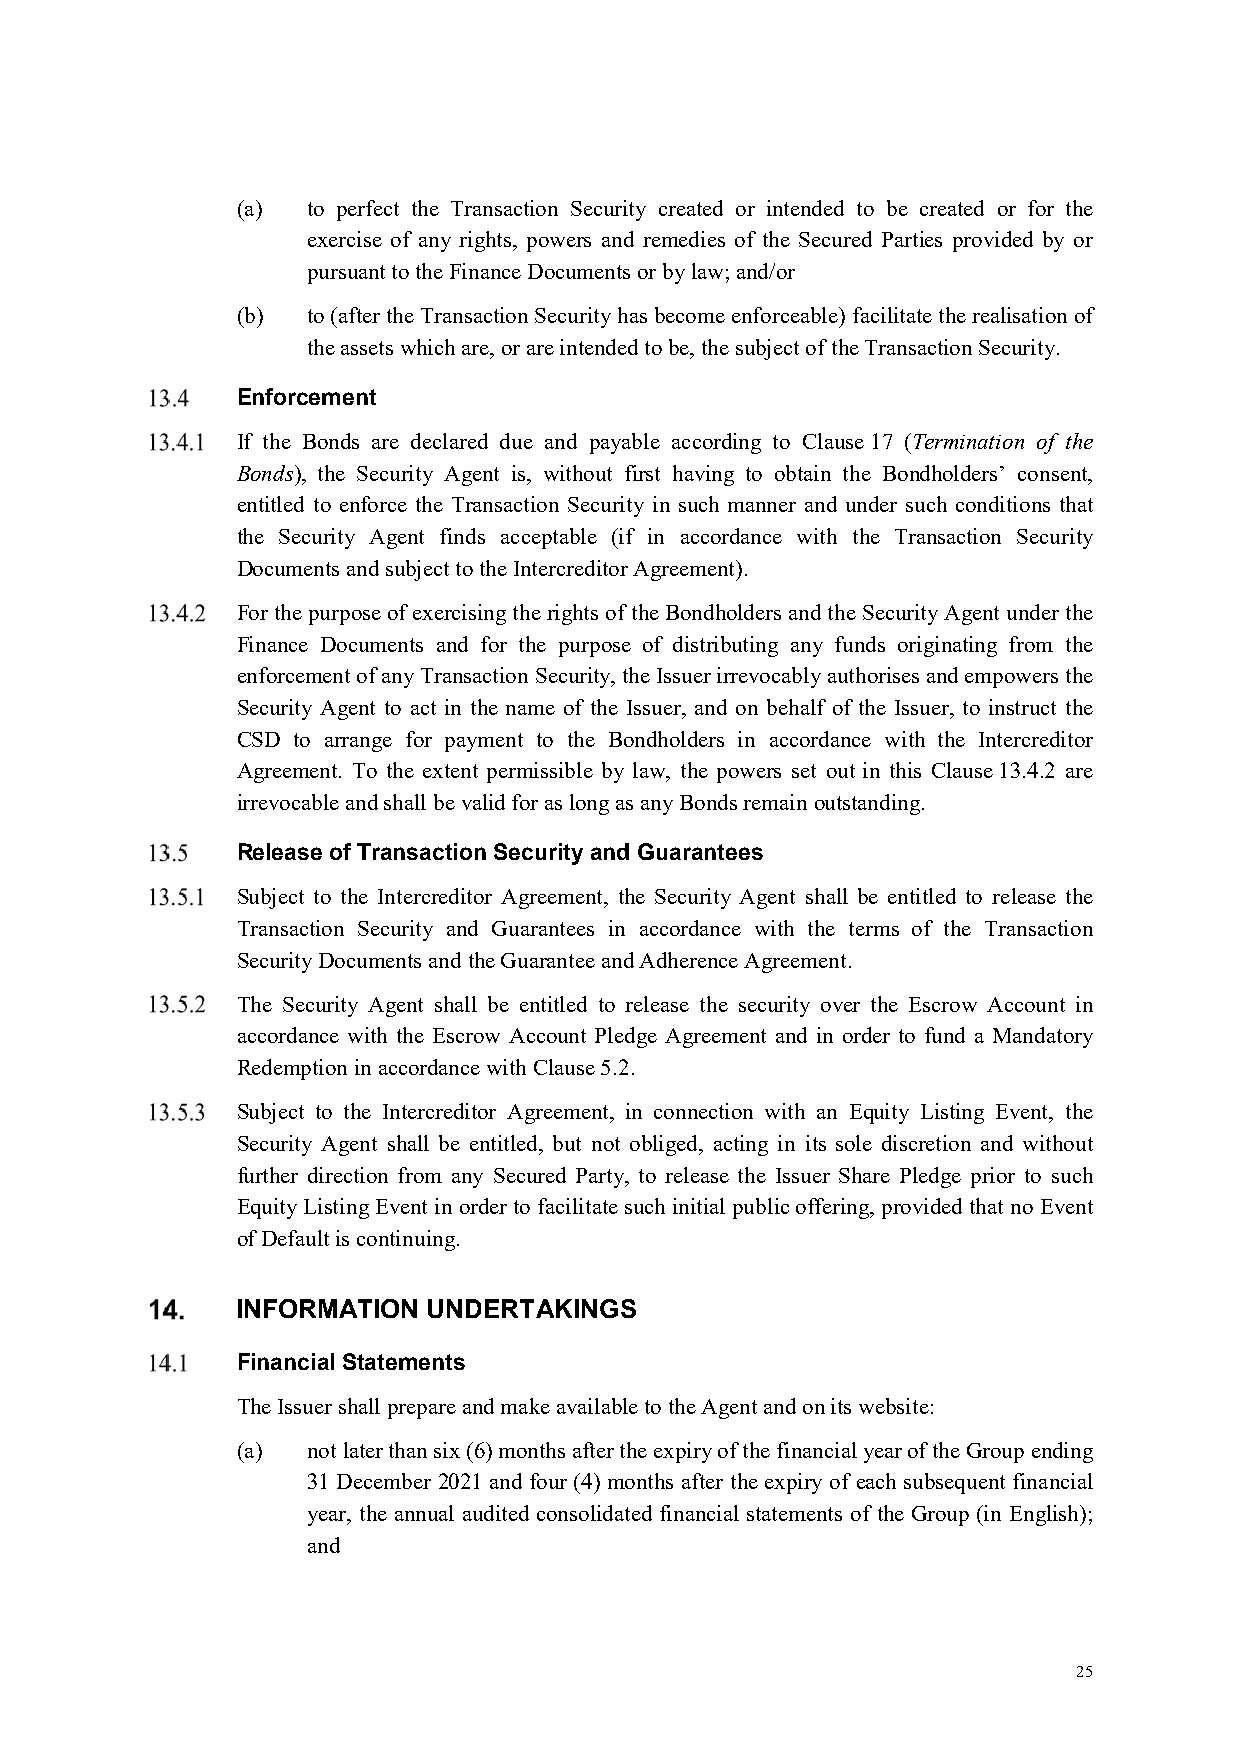
(a) to perfect the Transaction Security created or intended to be created or for the
 exercise of any rights, powers and remedies of the Secured Parties provided by or
 pursuant to the Finance Documents or by law; and/or
 (b) to (after the Transaction Security has become enforceable) facilitate the realisation of
 the assets which are, or are intended to be, the subject of the Transaction Security.
 Enforcement
 If the Bonds are declared due and payable according to Clause 17 (Termination of the
 Bonds), the Security Agent is, without first having to obtain the Bondholders’ consent,
 entitled to enforce the Transaction Security in such manner and under such conditions that
 the Security Agent finds acceptable (if in accordance with the Transaction Security
 Documents and subject to the Intercreditor Agreement).
 For the purpose of exercising the rights of the Bondholders and the Security Agent under the
 Finance Documents and for the purpose of distributing any funds originating from the
 enforcement of any Transaction Security, the Issuer irrevocably authorises and empowers the
 Security Agent to act in the name of the Issuer, and on behalf of the Issuer, to instruct the
 CSD to arrange for payment to the Bondholders in accordance with the Intercreditor
 Agreement. To the extent permissible by law, the powers set out in this Clause 13.4.2 are
 irrevocable and shall be valid for as long as any Bonds remain outstanding.
 Release of Transaction Security and Guarantees
 Subject to the Intercreditor Agreement, the Security Agent shall be entitled to release the
 Transaction Security and Guarantees in accordance with the terms of the Transaction
 Security Documents and the Guarantee and Adherence Agreement.
 The Security Agent shall be entitled to release the security over the Escrow Account in
 accordance with the Escrow Account Pledge Agreement and in order to fund a Mandatory
 Redemption in accordance with Clause 5.2.
 Subject to the Intercreditor Agreement, in connection with an Equity Listing Event, the
 Security Agent shall be entitled, but not obliged, acting in its sole discretion and without
 further direction from any Secured Party, to release the Issuer Share Pledge prior to such
 Equity Listing Event in order to facilitate such initial public offering, provided that no Event
 of Default is continuing.
 INFORMATION UNDERTAKINGS
 Financial Statements
 The Issuer shall prepare and make available to the Agent and on its website:
 (a) not later than six (6) months after the expiry of the financial year of the Group ending
 31 December 2021 and four (4) months after the expiry of each subsequent financial
 year, the annual audited consolidated financial statements of the Group (in English);
 and
 25